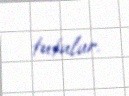
tutulur.